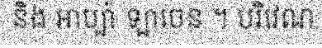
និង អាប្ប៉ា ឡាចេន ។ បរិវេណ